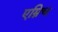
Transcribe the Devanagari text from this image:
एम्रिच